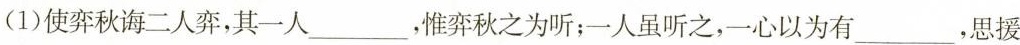
(1)使弈秋诲二人弈，其一人___，惟弈秋之为听；人虽听之，一心以为有___，思援